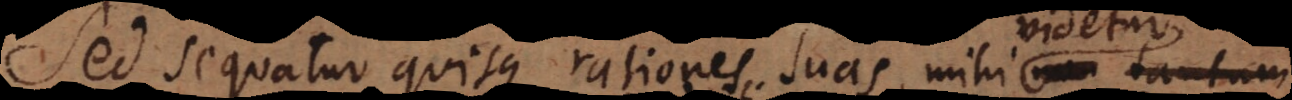
Sed sequatur quisque rationes suas, mihi non